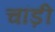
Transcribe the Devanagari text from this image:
चांड़ी